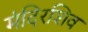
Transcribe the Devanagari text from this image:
मंदिरशिव